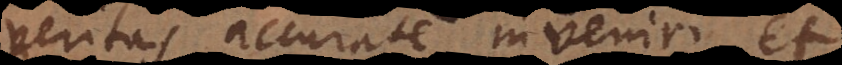
veritas accurate inveniri et